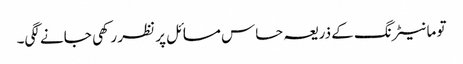
تو مانیٹرنگ کے ذریعہ حساس مسائل پر نظر رکھی جانے لگی۔